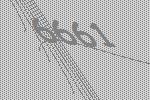
6661